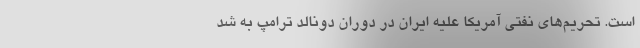
است. تحریم‌های نفتی آمریکا علیه ایران در دوران دونالد ترامپ به شد